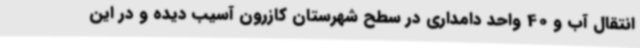
انتقال آب و 40 واحد دامداری در سطح شهرستان کازرون آسیب دیده و در این